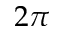
2 \pi